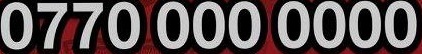
0770 000 0000